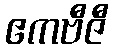
ဧကဗီဇီ